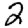
Digit: 2